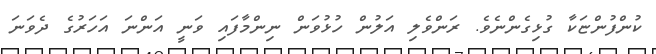
ކުންފުންޏަކާ ގުޅިގެންނެވެ. ރަންވެލި އަލުން ހުޅުވަން ނިންމާފައި ވަނީ އަންނަ އަހަރުގެ ދެވަނަ